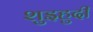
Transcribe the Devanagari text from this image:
शुइहुदी